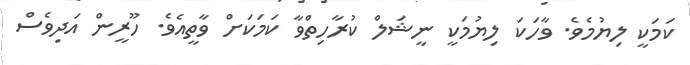
ކަމަކީ ލިޔުމެވެ. ވާހަކަ ލިޔުމަކީ ނީޝަލް ކުރާހިތްވާ ކަމަކަށް ވާތީއެވެ. ހޫރީން އަދިވެސް